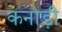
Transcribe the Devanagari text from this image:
कनोड़ी